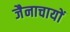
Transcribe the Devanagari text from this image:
जैनाचायों